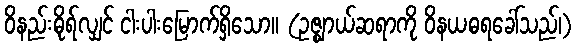
ဝိနည်းဓိုရ်လျှင် ငါးပါးမြောက်ရှိသော။ (ဥဇ္ဈာယ်ဆရာကို ဝိနယဓရခေါ်သည်၊)